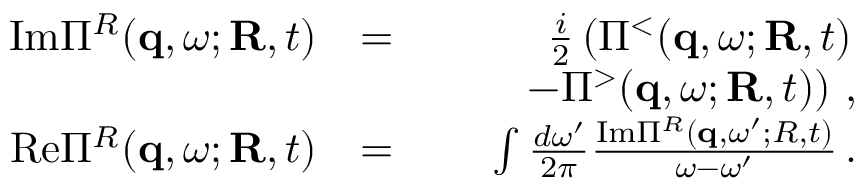
\begin{array} { r l r } { \mathrm { I m } \Pi ^ { R } ( { \bf q } , \omega ; { \bf R } , t ) } & { = } & { \frac { i } { 2 } \left( \Pi ^ { < } ( { \bf q } , \omega ; { \bf R } , t ) \right. } \\ & { } & { \qquad \left. - \Pi ^ { > } ( { \bf q } , \omega ; { \bf R } , t ) \right) \, , } \\ { \mathrm { R e } \Pi ^ { R } ( { \bf q } , \omega ; { \bf R } , t ) } & { = } & { \int \frac { d \omega ^ { \prime } } { 2 \pi } \frac { \mathrm { I m } \Pi ^ { R } ( { \bf q } , \omega ^ { \prime } ; R , t ) } { \omega - \omega ^ { \prime } } \, . } \end{array}